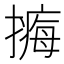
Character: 𢵹